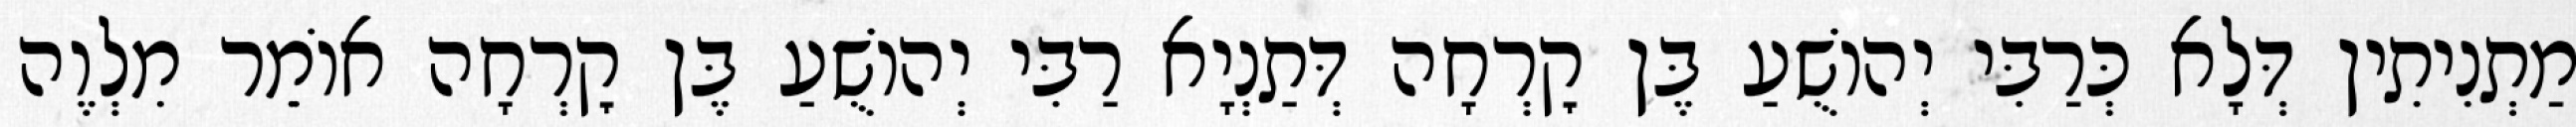
מַתְנִיתִין דְּלָא כְּרַבִּי יְהוֹשֻׁעַ בֶּן קׇרְחָה דְּתַנְיָא רַבִּי יְהוֹשֻׁעַ בֶּן קׇרְחָה אוֹמֵר מִלְוֶה